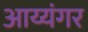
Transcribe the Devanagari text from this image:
अाय्यंगर